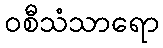
ဝစီသံသာရော